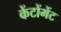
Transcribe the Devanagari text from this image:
केंटोंमेंट